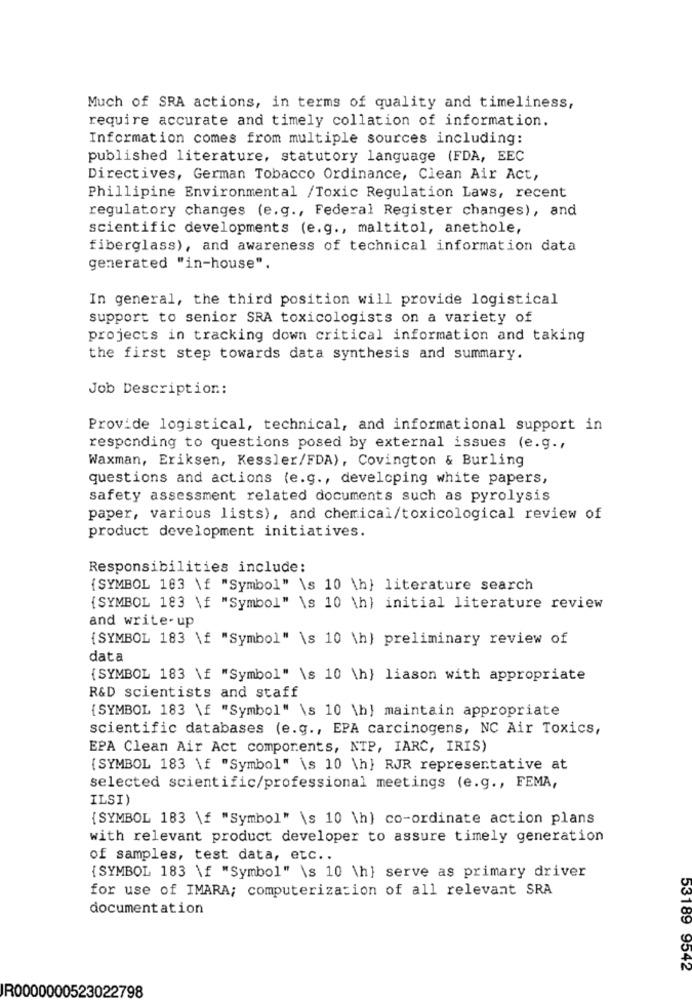
Much of SRA actions, in terms of quality and timeliness,
require accurate and timely collation of information.
Information comes from multiple sources including:
published literature, statutory language (FDA, EEC
Directives, German Tobacco Ordinance, Clean Air Act,
Phillipine Environmental /Toxic Regulation Laws, recent
regulatory changes (e.g ., Federal Register changes), and
scientific developments (e.g ., maltitol, anethole,
fiberglass), and awareness of technical information data
generated "in-house".
In general, the third position will provide logistical
support to senior SRA toxicologists on a variety of
projects in tracking down critical information and taking
the first step towards data synthesis and summary.
Job Description:
Provide logistical, technical, and informational support in
responding to questions posed by external issues (e.g .,
Waxman, Eriksen, Kessler/FDA), Covington & Burling
questions and actions (e.g ., developing white papers,
safety assessment related documents such as pyrolysis
paper, various lists), and chemical/toxicological review of
product development initiatives.
Responsibilities include:
{SYMBOL 183 \f "Symbol" \s 10 \h} literature search
{SYMBOL 183 \f "Symbol" \s 10 \h} initial literature review
and write-up
{SYMBOL 183 \f "Symbol" \s 10 \h) preliminary review of
data
{SYMBOL 183 \f "Symbol" \s 10 \h} liason with appropriate
R&D scientists and staff
{SYMBOL 183 \f "Symbol" \s 10 \h] maintain appropriate
scientific databases (e.g ., EPA carcinogens, NC Air Toxics,
EPA Clean Air Act components, NTP, IARC, IRIS)
[SYMBOL 183 \f "Symbol" is 10 \h} RJR representative at
selected scientific/professional meetings (e.g ., FEMA,
ILSI)
{SYMBOL 183 \f "Symbol" \s 10 \h) co-ordinate action plans
with relevant product developer to assure timely generation
of samples, test data, etc ..
{SYMBOL 183 \f "Symbol" \s 10 \h} serve as primary driver
for use of IMARA; computerization of all relevant SRA
documentation
53189 9542
IR0000000523022798